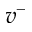
v ^ { - }